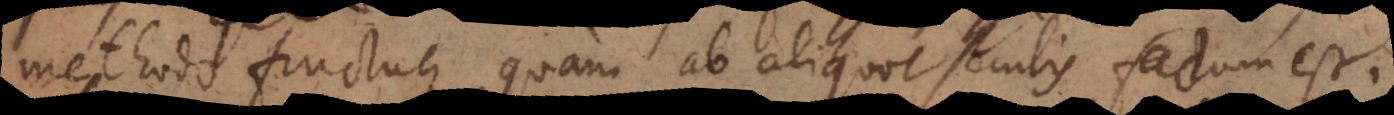
methodo fructuque, quam ab aliquot seculis factum est.